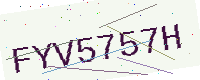
Text: FYV5757H